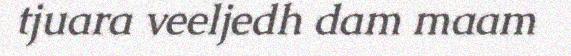
tjuara veeljedh dam maam